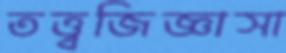
তত্ত্বজিজ্ঞাসা